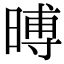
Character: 㬍